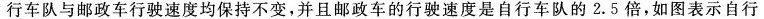
行车队与邮政车行驶速度均保持不变，并且邮政车的行驶速度是自行车队的2.5倍，如图表示自行